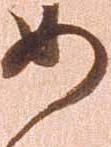
如